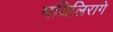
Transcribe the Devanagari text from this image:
मयिलिरागे